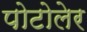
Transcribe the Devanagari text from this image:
पोटोलेर